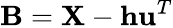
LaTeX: \mathbf{B}=\mathbf{X}-\mathbf{h}\mathbf{u}^{T}